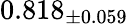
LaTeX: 0.818_{\pm 0.059}